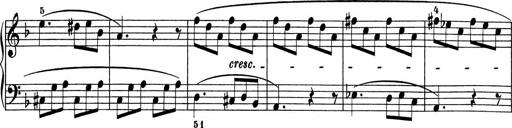
Title: 5 Sonatinen fÃ¼r die Jugend
Composer: Carl Reinecke